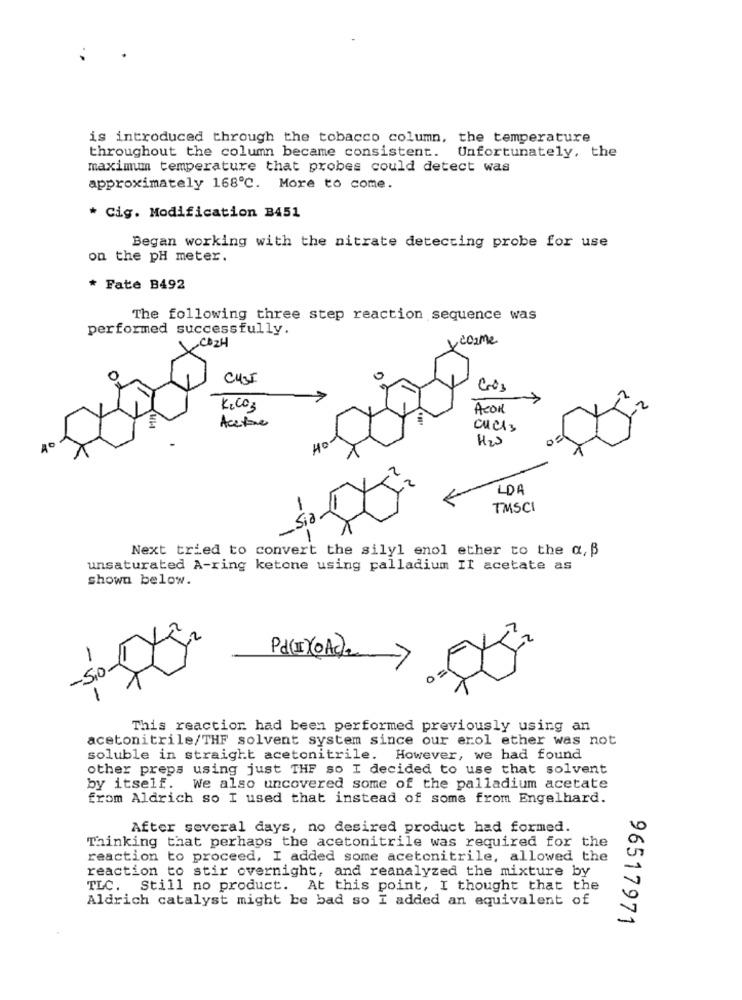
is introduced through the tobacco column, the temperature
throughout the column became consistent. Unfortunately, the
maximum temperature that probes could detect was
approximately 168℃. More to come.
* Cig. Modification B451
Began working with the nitrate detecting probe for use
on the pH meter.
* Fate B492
The following three step reaction sequence was
performed successfully.
,COZH
come
0
0
3
K,CO3
ACOR
Acetone
Cuch3
Has
Ho
LDA
TMSCI
Sia
-1
-
Next tried to convert the silyl enol ether to the a. B
unsaturated A-ring ketone using palladium II acetate as
shown below.
-
Pd(II)OAce
-Sio
1
This reaction had been performed previously using an
acetonitrile/THF solvent system since our erol ether was not
soluble in straight acetonitrile. However, we had found
other preps using just THE so I decided to use that solvent
by itself. We also uncovered some of the palladium acetate
from Aldrich so I used that instead of some from Engelhard.
After several days, no desired product had formed.
Thinking that perhaps the acetonitrile was required for the
reaction to proceed, I added some acetonitrile, allowed the
reaction to stir overnight, and reanalyzed the mixture by
TLC. Still no product. At this point, I thought that the
Aldrich catalyst might be bad so I added an equivalent of
96517971